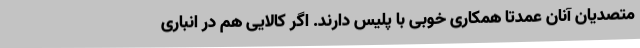
متصدیان آنان عمدتا همکاری خوبی با پلیس دارند. اگر کالایی هم در انباری